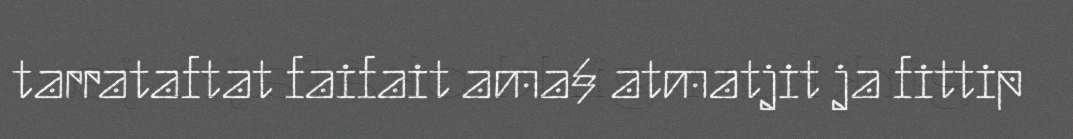
tarrataftat faifait ama§ atmatjit ja fittip